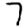
Digit: 7